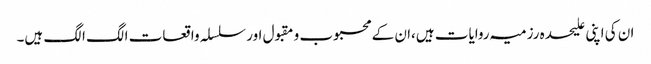
ان کی اپنی علیحدہ رزمیہ روایات ہیں،ان کے محبوب و مقبول اور سلسلہ واقعات الگ الگ ہیں۔